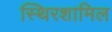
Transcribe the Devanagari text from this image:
स्थिरशामिल